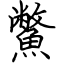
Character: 鱉